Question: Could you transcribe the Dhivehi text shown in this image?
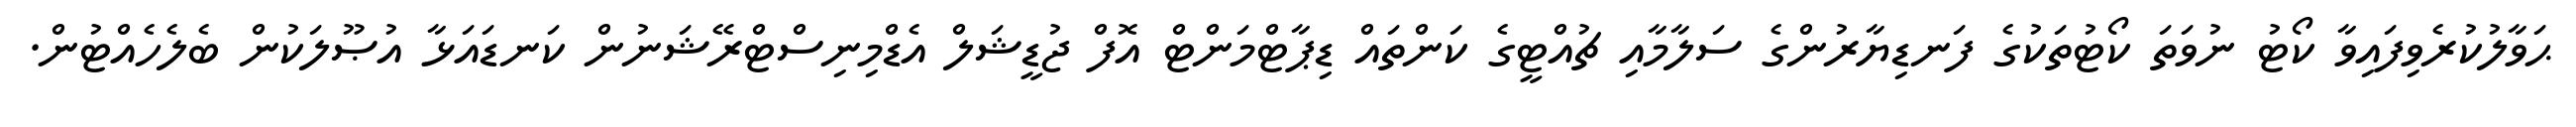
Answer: ޙަވާލުކުރެވިފައިވާ ކޯޓު ނުވަތަ ކޯޓުތަކުގެ ފަނޑިޔާރުންގެ ސަލާމާއި ޗުއްޓީގެ ކަންތައް ޑިޕާޓްމަންޓް އޮފް ޖުޑީޝަލް އެޑްމިނިސްޓްރޭޝަނުން ކަނޑައަޅާ އުޞޫލަކުން ބެލެހެއްޓުން.